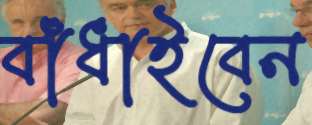
বাঁধাইবেন